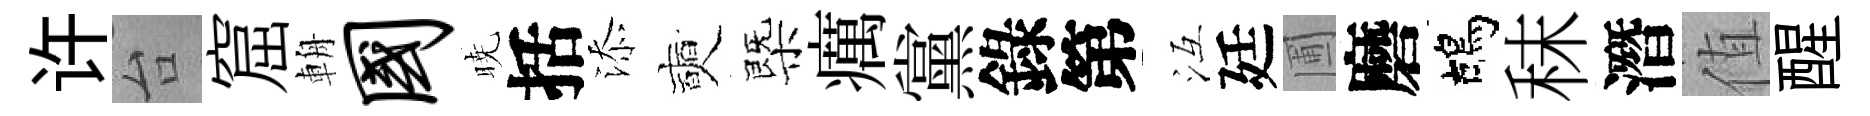
许台窟輈国暁括添奭㮣癘黨錄第冱廷圃磨鴣秣潛值醒